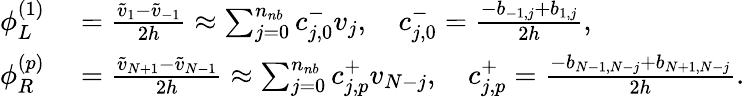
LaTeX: \begin{array}{rl}{\phi_{L}^{(1)}}&{{}=\frac{\widetilde v_{1}-\widetilde v_{-1}}{2h}\approx\sum_{j=0}^{n_{nb}}c_{j,0}^{-}v_{j},\quad c_{j,0}^{-}=\frac{-{b}_{-1,j}+{b}_{1,j}}{2h},}\\ {\phi_{R}^{(p)}}&{{}=\frac{\widetilde v_{N+1}-\widetilde v_{N-1}}{2h}\approx\sum_{j=0}^{n_{nb}}c_{j,p}^{+}v_{N-j},\quad c_{j,p}^{+}=\frac{-{b}_{N-1,N-j}+{b}_{N+1,N-j}}{2h}.}\end{array}